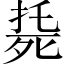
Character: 𣨰